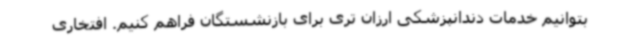
بتوانیم خدمات دندانپزشکی ارزان تری برای بازنشستگان فراهم کنیم. افتخاری